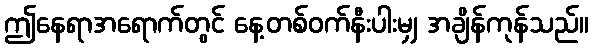
ဤနေရာအရောက်တွင် နေ့တစ်ဝက်နီးပါးမျှ အချိန်ကုန်သည်။